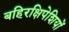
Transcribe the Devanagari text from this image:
बहिरक्षिपेशियों